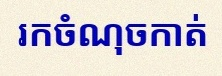
រកចំណុចកាត់